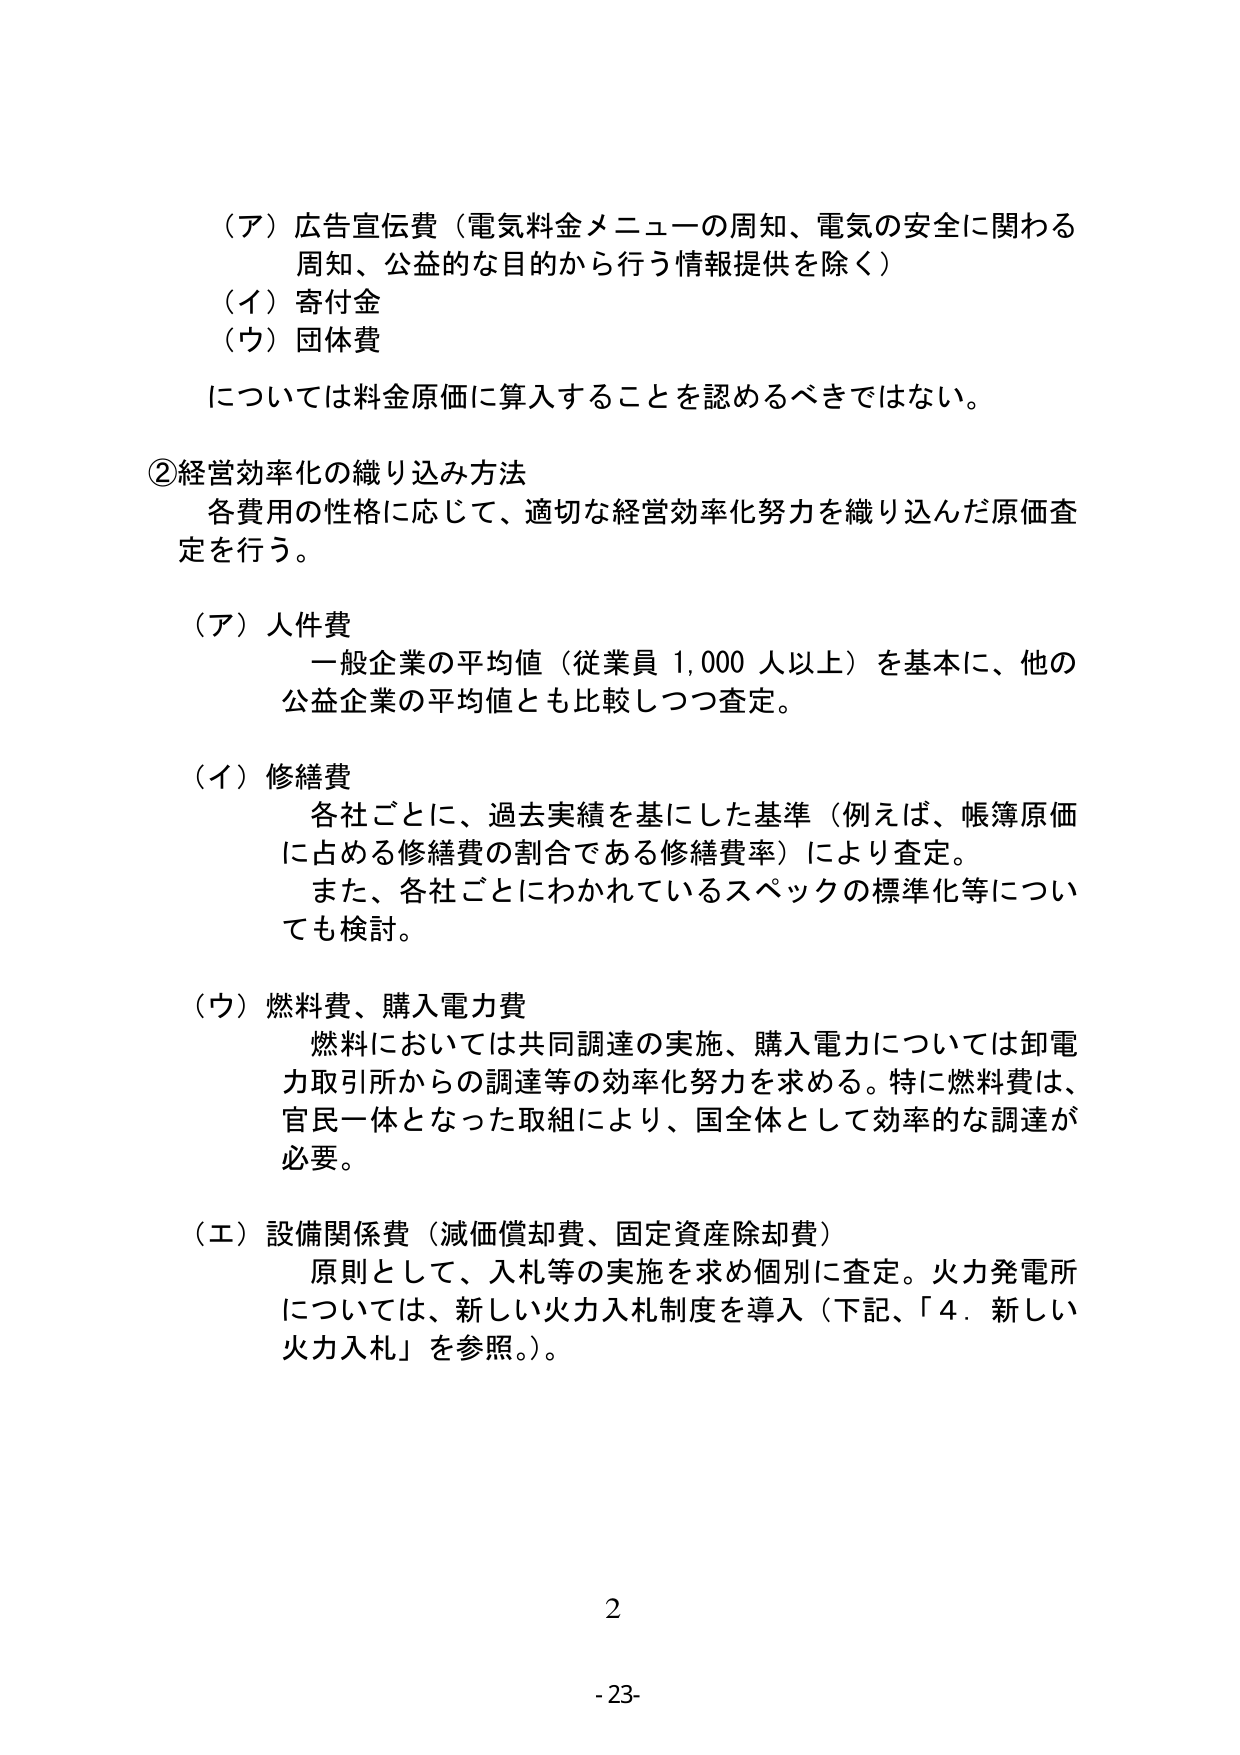
（ア）広告宣伝費（電気料金メニューの周知、電気の安全に関わる
周知、公益的な目的から行う情報提供を除く）
（イ）寄付金
（ウ）団体費
については料金原価に算入することを認めるべきではない。

②経営効率化の織り込み方法
各費用の性格に応じて、適切な経営効率化努力を織り込んだ原価査定を行う。

（ア）人件費
一般企業の平均値（従業員 1,000 人以上）を基本に、他の
公益企業の平均値とも比較しつつ査定。

（イ）修繕費
各社ごとに、過去実績を基にした基準（例えば、帳簿原価
に占める修繕費の割合である修繕費率）により査定。
また、各社ごとにわかっているスペックの標準化等につい
ても検討。

（ウ）燃料費、購入電力費
燃料においては共同調達の実施、購入電力については卸電
力取引所からの調達等の効率化努力を求める。特に燃料費は、
官民一体となった取組により、国全体として効率的な調達が
必要。

（エ）設備関係費（減価償却費、固定資産除却費）
原則として、入札等の実施を求め個別に査定。火力発電所
については、新しい火力入札制度を導入（下記、「4．新しい
火力入札」を参照。）。

2
-23-